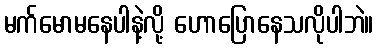
မက်မောမနေပါနဲ့လို့ ဟောပြောနေသလိုပါဘဲ။